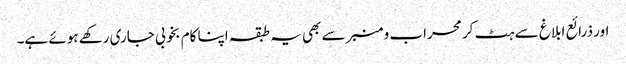
اور ذرائع ابلاغ سے ہٹ کر محراب و منبر سے بھی یہ طبقہ اپنا کام بخوبی جاری رکھے ہوئے ہے۔